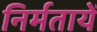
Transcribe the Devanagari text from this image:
निर्मतायें